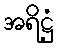
အရိဋ္ဌံ